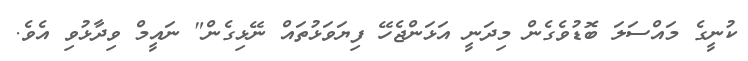
ކުނީގެ މައްސަލަ ބޮޑުވެގެން މިދަނީ އަޅަންޖެހޭ ފިޔަވަޅުތައް ނޭޅިގެން" ނައީމް ވިދާޅުވި އެވެ.